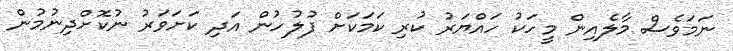
ނަމަވެސް މާލެއިން މީހަކު ހައްޔަރު ކުރި ކަަމަކަށް ފުލުހުން އަދި ކަށަވަރު ނުކޮށްދިނުމުން